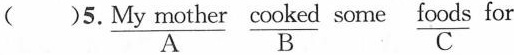
( )5. \underset{A}{\underline{My mother}} \underset{B}{\underline{cooked}} some \underset{C}{\underline{foods}} for me.